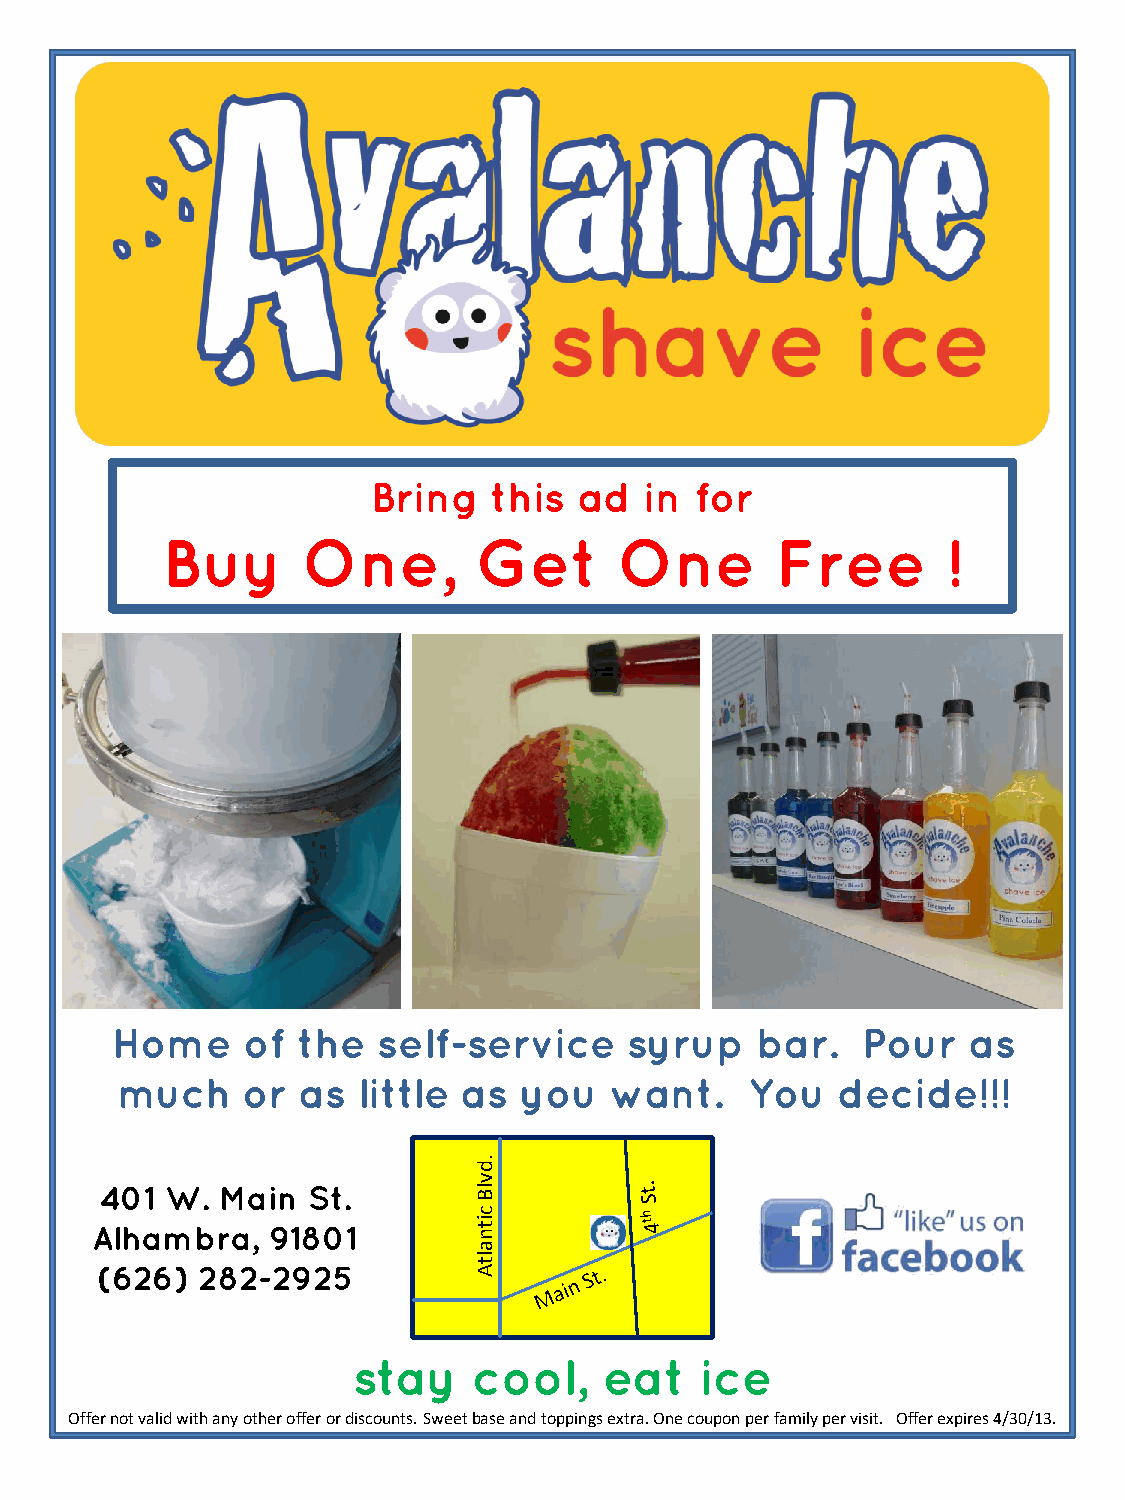
Bring   this ad   in for
 Buy      One,       Get       One       Free        !
 offer expires 10/31/12
 Home     of  the  self-service     syrup   bar.   Pour   as
 much    or  as  little as  you  want.     You  decide!!!
 .d
 v
 401 W.  Main St.        lB
 c
 Alhambra,   91801
 it
 n
 a
 lt
 (626)  282-2925          A
 stay    cool,    eat   ice
 Offer not valid with any other offer or discounts. Sweet base and toppings extra. One coupon per family per visit. Offer expires 4/30/13.